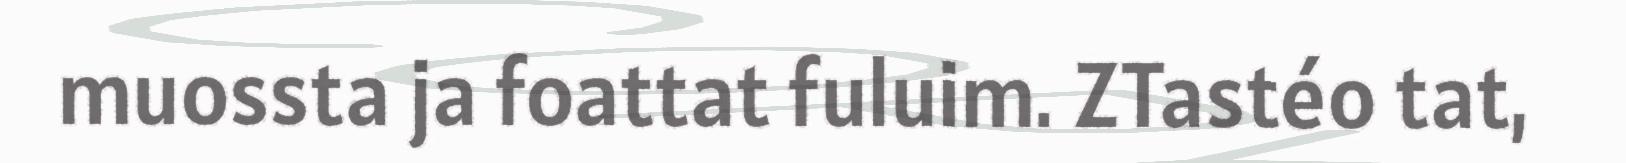
muossta ja foattat fuluim. ZTastéo tat,